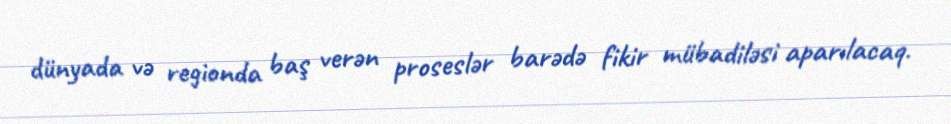
dünyada və regionda baş verən proseslər barədə fikir mübadiləsi aparılacaq.